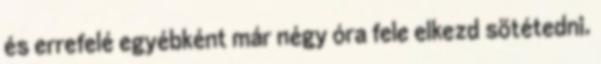
és errefelé egyébként már négy óra fele elkezd sötétedni.